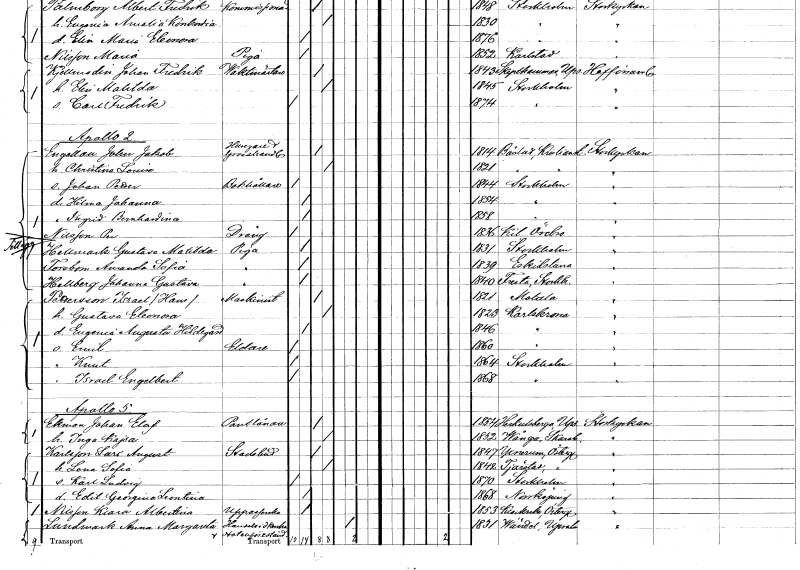
gt_parse: households: individuals: FN: John Jakob
EN: Engellan
YRKE: Husägare Grosshandlare
KON: M
CIV: G
FODAR: 1814
FODFORS: Båstad Kristianstads län
FN: Christina Louise
KON: K
CIV: G
FODAR: 1821
FODFORS: Båstad Kristianstads län
FN: Johan Petter
YRKE: Bokhållare
KON: M
CIV: O
FODAR: 1844
FODFORS: Stockholm
FN: Hilma Johanna
KON: K
CIV: O
FODAR: 1854
FODFORS: Stockholm
FN: Ingrid Bernhardina
KON: K
CIV: O
FODAR: 1858
FODFORS: Stockholm
FN: Per
EN: Nilsson
YRKE: Dräng
KON: M
CIV: O
FODAR: 1836
FODFORS: Kil Örebro län
FN: Gustava Matilda
EN: Hellmark
YRKE: Piga
KON: K
CIV: O
FODAR: 1831
FODFORS: Stockholm
FN: Amanda Sofia
EN: Forsbom
YRKE: Piga
KON: K
CIV: O
FODAR: 1839
FODFORS: Eskilstuna Södermanlands län
FN: Johanna Gustava
EN: Hellberg
YRKE: Piga
KON: K
CIV: O
FODAR: 1840
FODFORS: Fresta Stockholms län
FN: Karl Hans
EN: Pettersson
YRKE: Maskinist
KON: M
CIV: G
FODAR: 1821
FODFORS: Motala Östergötlands län
FN: Gustava Eleonora
KON: K
CIV: G
FODAR: 1823
FODFORS: Karlskrona Blekinge län
FN: Eugenia Augusta hildegard
KON: K
CIV: O
FODAR: 1846
FODFORS: Karlskrona Blekinge län
FN: Emil
YRKE: Eldare
KON: M
CIV: O
FODAR: 1860
FODFORS: Karlskrona Blekinge län
FN: Knut
KON: M
CIV: O
FODAR: 1864
FODFORS: Stockholm
FN: Israel Engelbert
KON: M
CIV: O
FODAR: 1868
FODFORS: Stockholm
FN: Johan Elof
EN: Ekman
YRKE: Pantlånare
KON: M
CIV: G
FODAR: 1854
FODFORS: Härkeberga Uppsala län
FN: Inga Kajsa
KON: K
CIV: G
FODAR: 1852
FODFORS: Vånga Skaraborgs län
FN: Lars August
EN: Karlsson
YRKE: Stadsbud
KON: M
CIV: G
FODAR: 1847
FODFORS: Yxnerum Östergötlands län
FN: Lena Sofia
KON: K
CIV: G
FODAR: 1842
FODFORS: Tjärstad Östergötlands län
FN: Karl Ludvig
KON: M
CIV: O
FODAR: 1870
FODFORS: Stockholm
FN: Edit Georgina Leontina
KON: K
CIV: O
FODAR: 1868
FODFORS: Norrköping Östergötlands län
FN: Klara Albertina
EN: Nilsson
YRKE: Uppasserska
KON: K
CIV: O
FODAR: 1853
FODFORS: Klockrike Östergötlands län
FN: Anna Margareta
EN: Lundmark
YRKE: Handelsidkerska Hotellförestånderska
KON: K
CIV: E
FODAR: 1831
FODFORS: Vendel Uppsala län